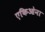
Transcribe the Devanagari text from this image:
एकिओना